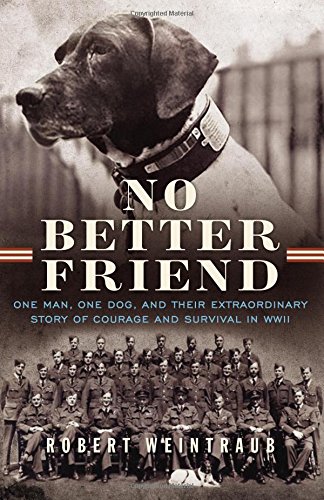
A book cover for No Better Friend: One Man, One Dog, and Their Extraordinary Story of Courage and Survival in WWII; Robert Weintraub; Crafts, Hobbies & Home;